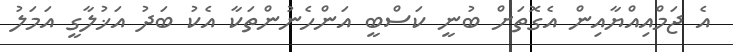
އެ ޖަމްއިއްޔާއިން އެގޮތަށް ބުނީ ކަސްބީ އަންހެނުންތަކާ އެކު ބަދު އަޚުލާގީ އަމަލު